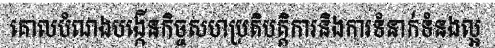
គោលបំណងបង្កើនកិច្ចសហប្រតិបត្តិការនិងការទំនាក់ទំនងល្អ